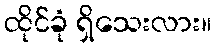
ထိုင်ခုံ ရှိသေးလား။